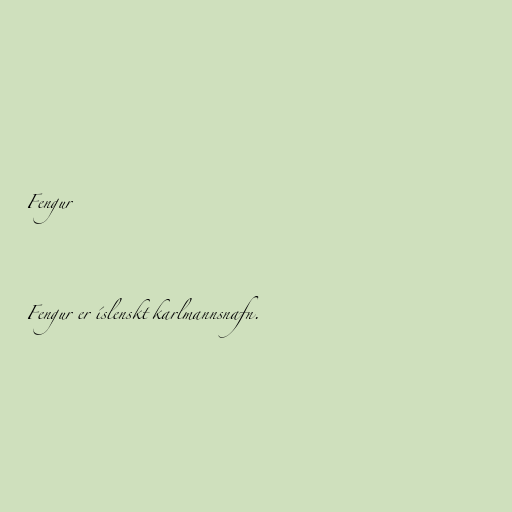
Fengur

Fengur er íslenskt karlmannsnafn.